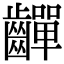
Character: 𪙣